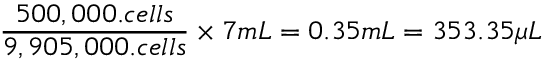
\frac { 5 0 0 , 0 0 0 . c e l l s } { 9 , 9 0 5 , 0 0 0 . c e l l s } \times 7 m L = 0 . 3 5 m L = 3 5 3 . 3 5 \mu L